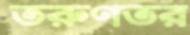
তরুণতর